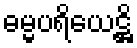
ဓမ္မပရိယေဋ္ဌိ